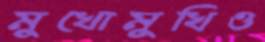
মুখোমুখিও